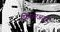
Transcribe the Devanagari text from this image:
फिनएअरचे